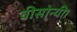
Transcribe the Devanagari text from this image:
वीसोन्यी।